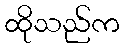
ထိုသည်က